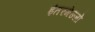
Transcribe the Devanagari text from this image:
इंतरमेज्जो